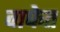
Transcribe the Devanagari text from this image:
वाफेत